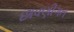
છાવણીગત